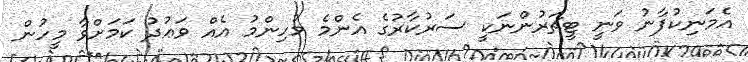
އެމަނިކުފާނު ވަނީ ޓީޗަރުންނަކީ ސަރުކާރުގެ އެންމެ މުހިންމު އެއް ވަޢުދު ކަމަށްވާ މީހުން